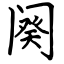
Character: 阕